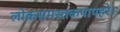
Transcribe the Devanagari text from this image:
लोकसमस्तकपापहरे।